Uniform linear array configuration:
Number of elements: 12
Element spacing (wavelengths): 0.75
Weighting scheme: cosine
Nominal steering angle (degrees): -60
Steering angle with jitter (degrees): -60.843
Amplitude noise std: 0.05
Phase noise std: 0.05

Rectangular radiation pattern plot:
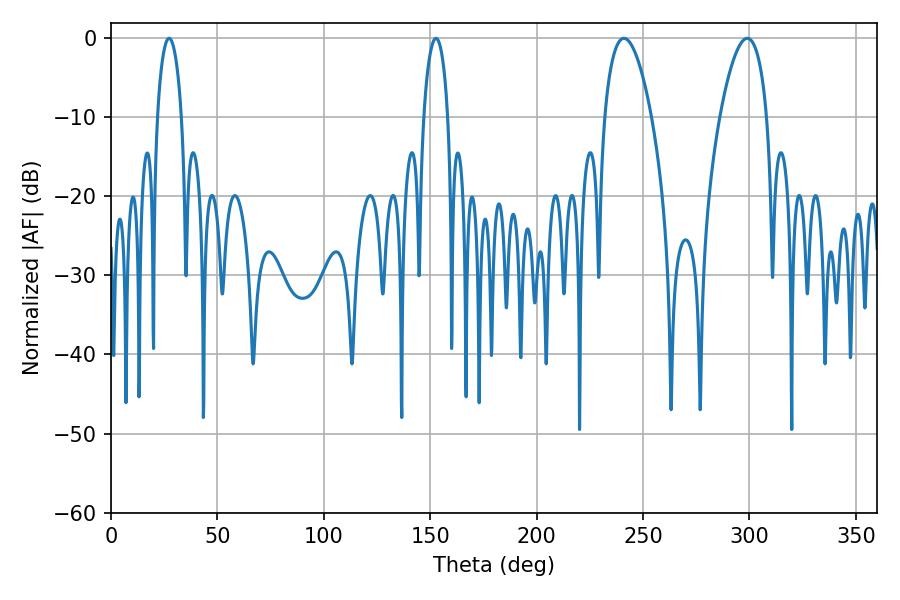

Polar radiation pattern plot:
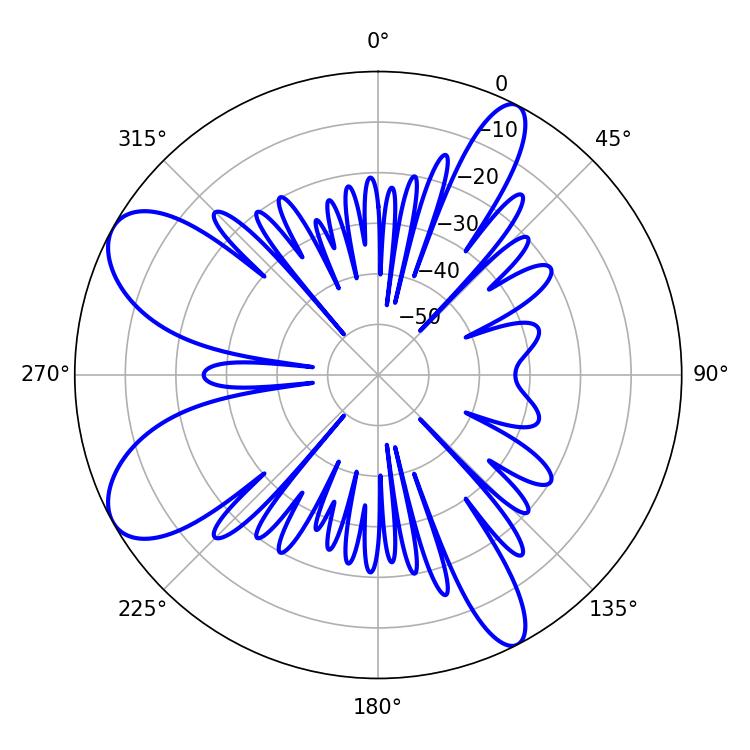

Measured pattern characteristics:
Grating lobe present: TRUE
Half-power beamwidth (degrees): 12.42
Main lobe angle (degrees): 241.02